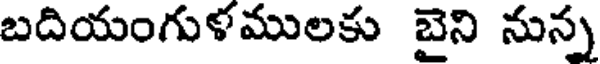
బదియంగుళములకు బైని నున్న